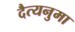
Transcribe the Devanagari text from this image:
दैत्यनुमा